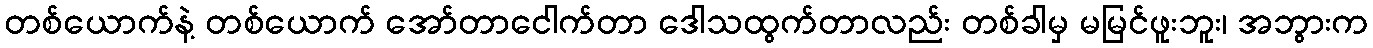
တစ်ယောက်နဲ့ တစ်ယောက် အော်တာငေါက်တာ ဒေါသထွက်တာလည်း တစ်ခါမှ မမြင်ဖူးဘူး၊ အဘွားက